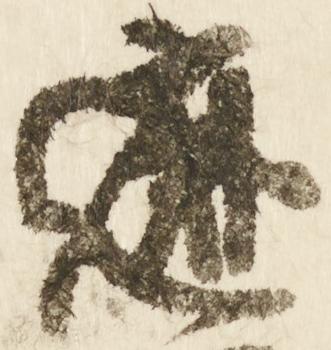
遮